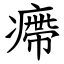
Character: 㿃